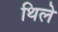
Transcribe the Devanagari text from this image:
थिले